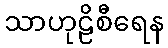
သာဟုဠိစီရေန